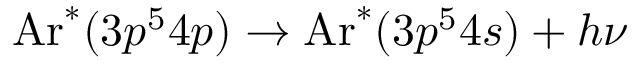
\mathrm { A r } ^ { * } ( 3 p ^ { 5 } 4 p ) \rightarrow \mathrm { A r } ^ { * } ( 3 p ^ { 5 } 4 s ) + h \nu